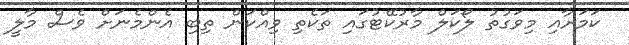
ކަމަށާއި މިވަގުތު ލޯކަލް މާރުކޭޓުގައި ތަކެތި ވިއްކަން ތިބި އެންމެނަށް ވެސް މާލީ